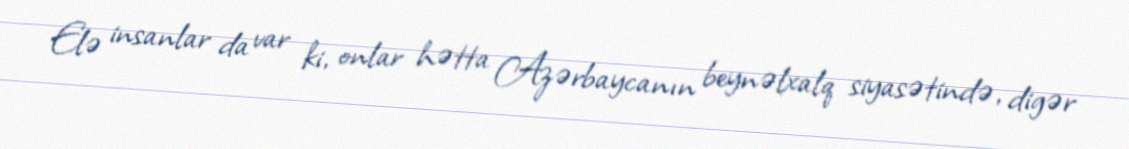
Elə insanlar da var ki, onlar hətta Azərbaycanın beynəlxalq siyasətində, digər